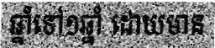
ឆ្នាំទៅ១ឆ្នាំ ដោយមាន